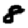
Digit: 8